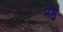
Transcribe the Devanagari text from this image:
प्रेगु